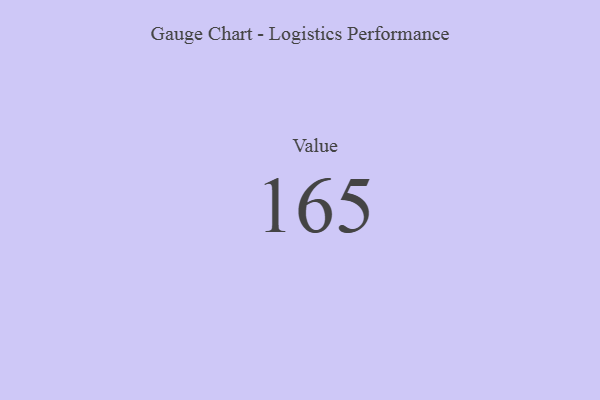
{"axis": {"x": "Metric", "y": "Value"}, "legend": [""], "data": [{"x": "Value", "y": 165, "type": ""}]}